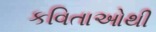
કવિતાઓથી